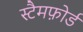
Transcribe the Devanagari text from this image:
स्टैमफ़ोर्ड